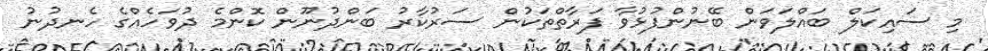
މި ސައިކަލް ބައްލަވަން ބޭނުންފުޅުވާ ފަރާތްތަކުން ސަރުކާރު ބަންދުނޫން ކޮންމެ ދުވަހެއްގެ ހެނދުނު